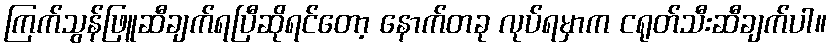
ကြက်သွန်ဖြူဆီချက်ရပြီဆိုရင်တော့ နောက်တခု လုပ်ရမှာက ငရုတ်သီးဆီချက်ပါ။